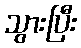
သွားပြီး